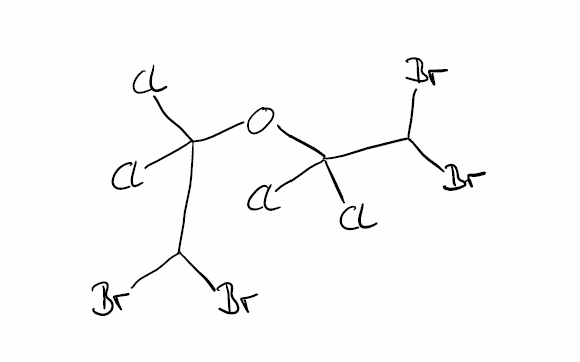
Simplified molecular-input line-entry system (SMILES) notation of the given molecule:
C(C(OC(C(Br)Br)(Cl)Cl)(Cl)Cl)(Br)Br